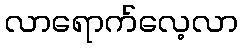
လာရောက်လေ့လာ